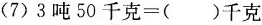
(7) $$3吨50千克=( )千克$$